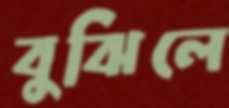
বুঝিলে